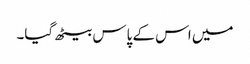
میں اس کے پاس بیٹھ گیا۔